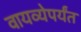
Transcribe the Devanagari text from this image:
वायव्येपर्यंत